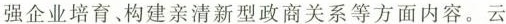
强企业培育、构建亲清新型政商关系等方面内容。云